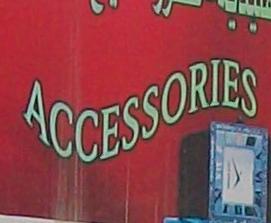
accessories